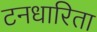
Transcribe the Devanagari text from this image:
टनधारिता